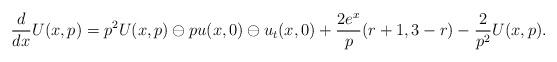
LaTeX: \begin{align*}\frac{d}{dx}U(x,p)=p^2U(x,p)\ominus p u(x,0)\ominus u_t(x,0)+\frac{2e^x}{p}(r+1, 3-r)-\frac{2}{p^2}U(x,p).\end{align*}